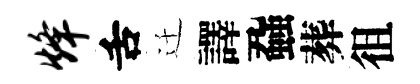
烽舌迁譯蝨葬徂